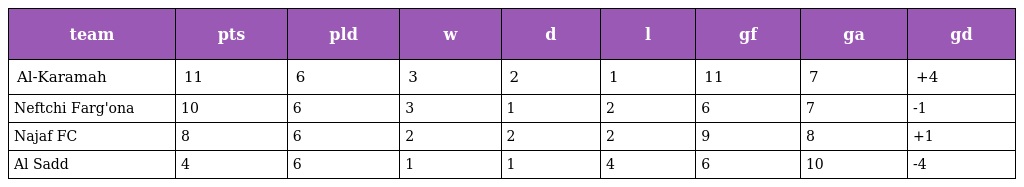
| team | pts | pld | w | d | l | gf | ga | gd |
 | --- | --- | --- | --- | --- | --- | --- | --- | --- |
 | Al-Karamah | 11 | 6 | 3 | 2 | 1 | 11 | 7 | +4 |
 | Neftchi Farg'ona | 10 | 6 | 3 | 1 | 2 | 6 | 7 | -1 |
 | Najaf FC | 8 | 6 | 2 | 2 | 2 | 9 | 8 | +1 |
 | Al Sadd | 4 | 6 | 1 | 1 | 4 | 6 | 10 | -4 |